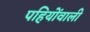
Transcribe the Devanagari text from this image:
पहियोंवाली